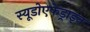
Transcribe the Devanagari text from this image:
स्यूडोएफेड्राइन